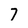
Character: 7